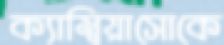
ক্যাম্বিয়াসোকে